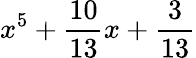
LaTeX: x^{5}+{\frac{10}{13}}x+{\frac{3}{13}}